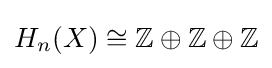
H_{n}(X)\cong \mathbb {Z} \oplus \mathbb {Z} \oplus \mathbb {Z}